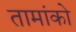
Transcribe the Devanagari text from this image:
तामांको